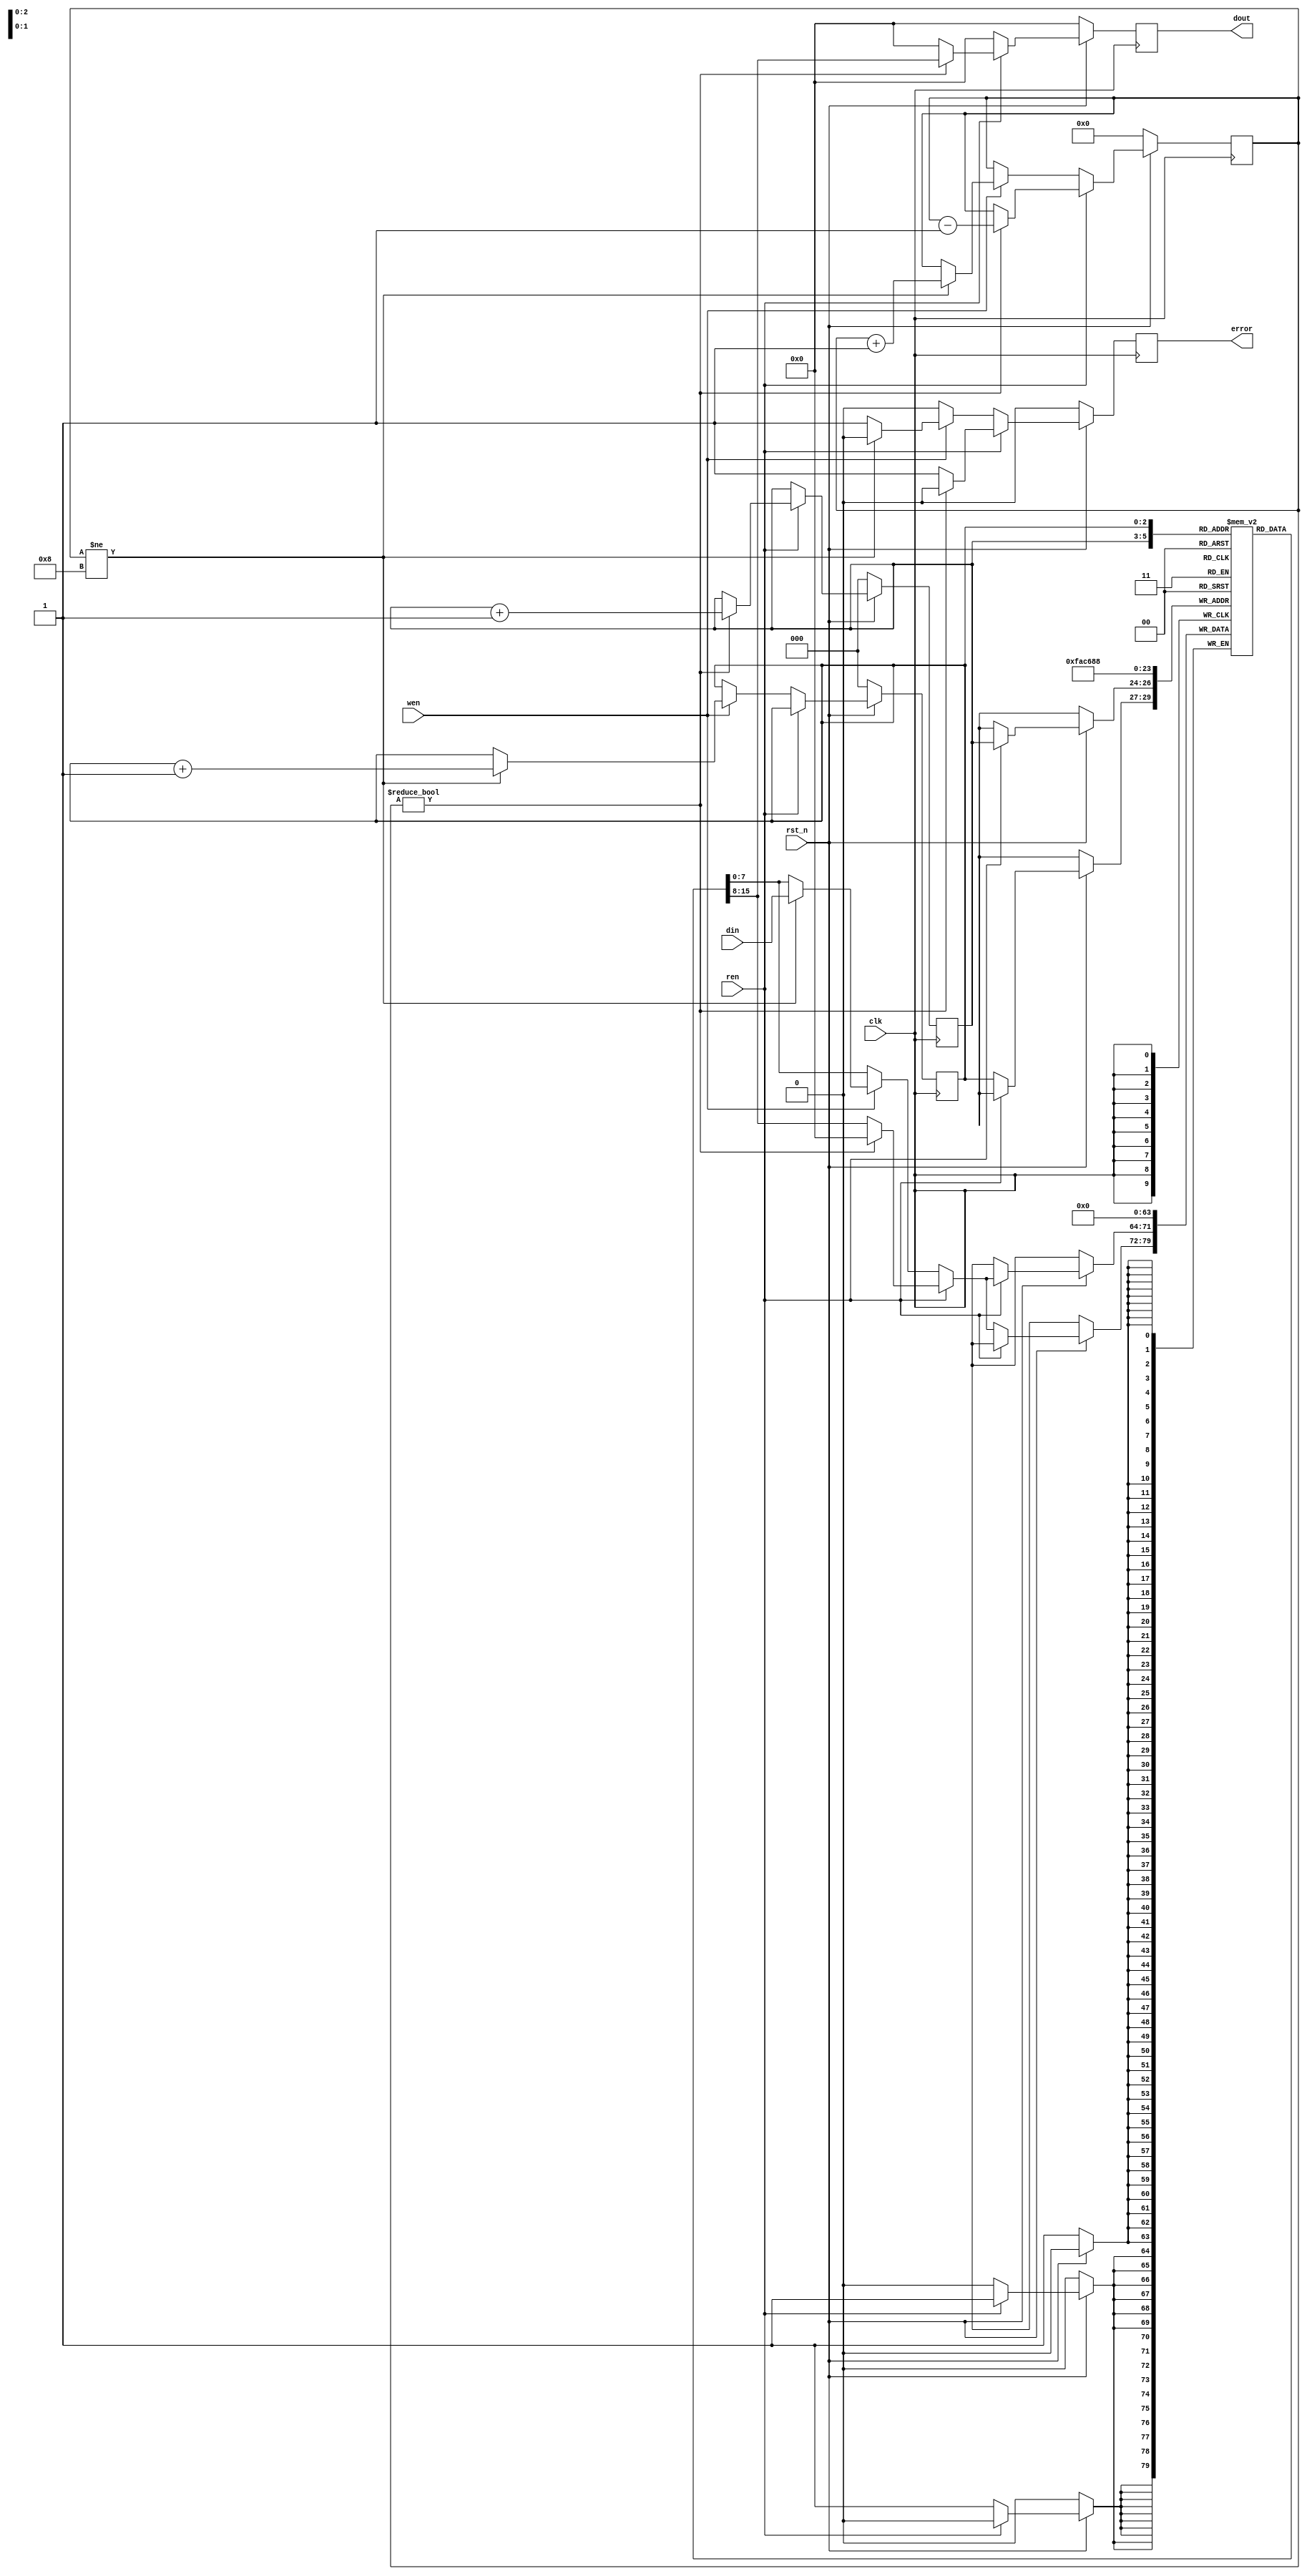
`timescale 1ns/1ps

module FIFO_8(clk, rst_n, wen, ren, din, dout, error);
input clk;
input rst_n;
input wen, ren;
input [7:0] din;
output reg [7:0] dout;
output reg error;
reg [8-1:0] store [8-1:0];
reg [3-1:0] writeflag, readflag, nxt_write, nxt_read;
reg [4-1:0] cnt, next_cnt;
reg tmperror;
reg [8-1:0] tmpout;
reg [8-1:0] nxt_store;

    always@(posedge clk) begin
        if(!rst_n) begin
            store[0] <= 8'b0;
            store[1] <= 8'b0;
            store[2] <= 8'b0;
            store[3] <= 8'b0;
            store[4] <= 8'b0;
            store[5] <= 8'b0;
            store[6] <= 8'b0;
            store[7] <= 8'b0;
            cnt <= 4'b0;
            error <= 1'b0;
            dout <= 8'b0;
            writeflag <= 3'b0;
            readflag <= 3'b0;

        end
        else begin
            if(ren == 1'b1) begin
                store[readflag] <= nxt_store;
            end
            else begin
                store[writeflag] <= nxt_store;
            end
            cnt <= next_cnt;
            dout <= tmpout;
            error <= tmperror;
            readflag <= nxt_read;
            writeflag <= nxt_write;
        end
    end



    always@(*) begin
            if(ren == 1'b1) begin
                if(cnt != 4'b0) begin
                    tmpout = store[readflag];
                    nxt_store = 8'b0;
                    tmperror = 1'b0;
                    nxt_read = readflag+3'b001;
                    nxt_write = writeflag;
                    next_cnt = cnt-1'b1;
                end
                else begin
                    tmperror = 1'b1;
                    tmpout = 8'b0;
                    nxt_store = store[readflag];
                    nxt_write = writeflag;
                    nxt_read = readflag;
                    next_cnt = cnt;
                end
            end
            else begin
                if(wen == 1'b1) begin
                    if(cnt != 4'd8) begin
                        nxt_store = din;
                        tmperror = 1'b0;
                        tmpout = 8'b0;
                        nxt_write = writeflag+3'b001;
                        nxt_read = readflag;
                        next_cnt = cnt+1'b1;
                    end
                    else begin
                        tmperror = 1'b1;
                        tmpout = 8'b0;
                        nxt_store = store[writeflag];
                        nxt_write = writeflag;
                        nxt_read = readflag;
                        next_cnt = cnt;
                    end
                end
                else begin
                    tmperror = 1'b0;
                    tmpout = 8'b0;
                    nxt_store = store[writeflag];   //fix
                    nxt_write = writeflag;
                    nxt_read = readflag;
                    next_cnt = cnt;
                end
            end

    end

endmodule